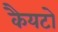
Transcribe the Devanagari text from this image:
कैयटो